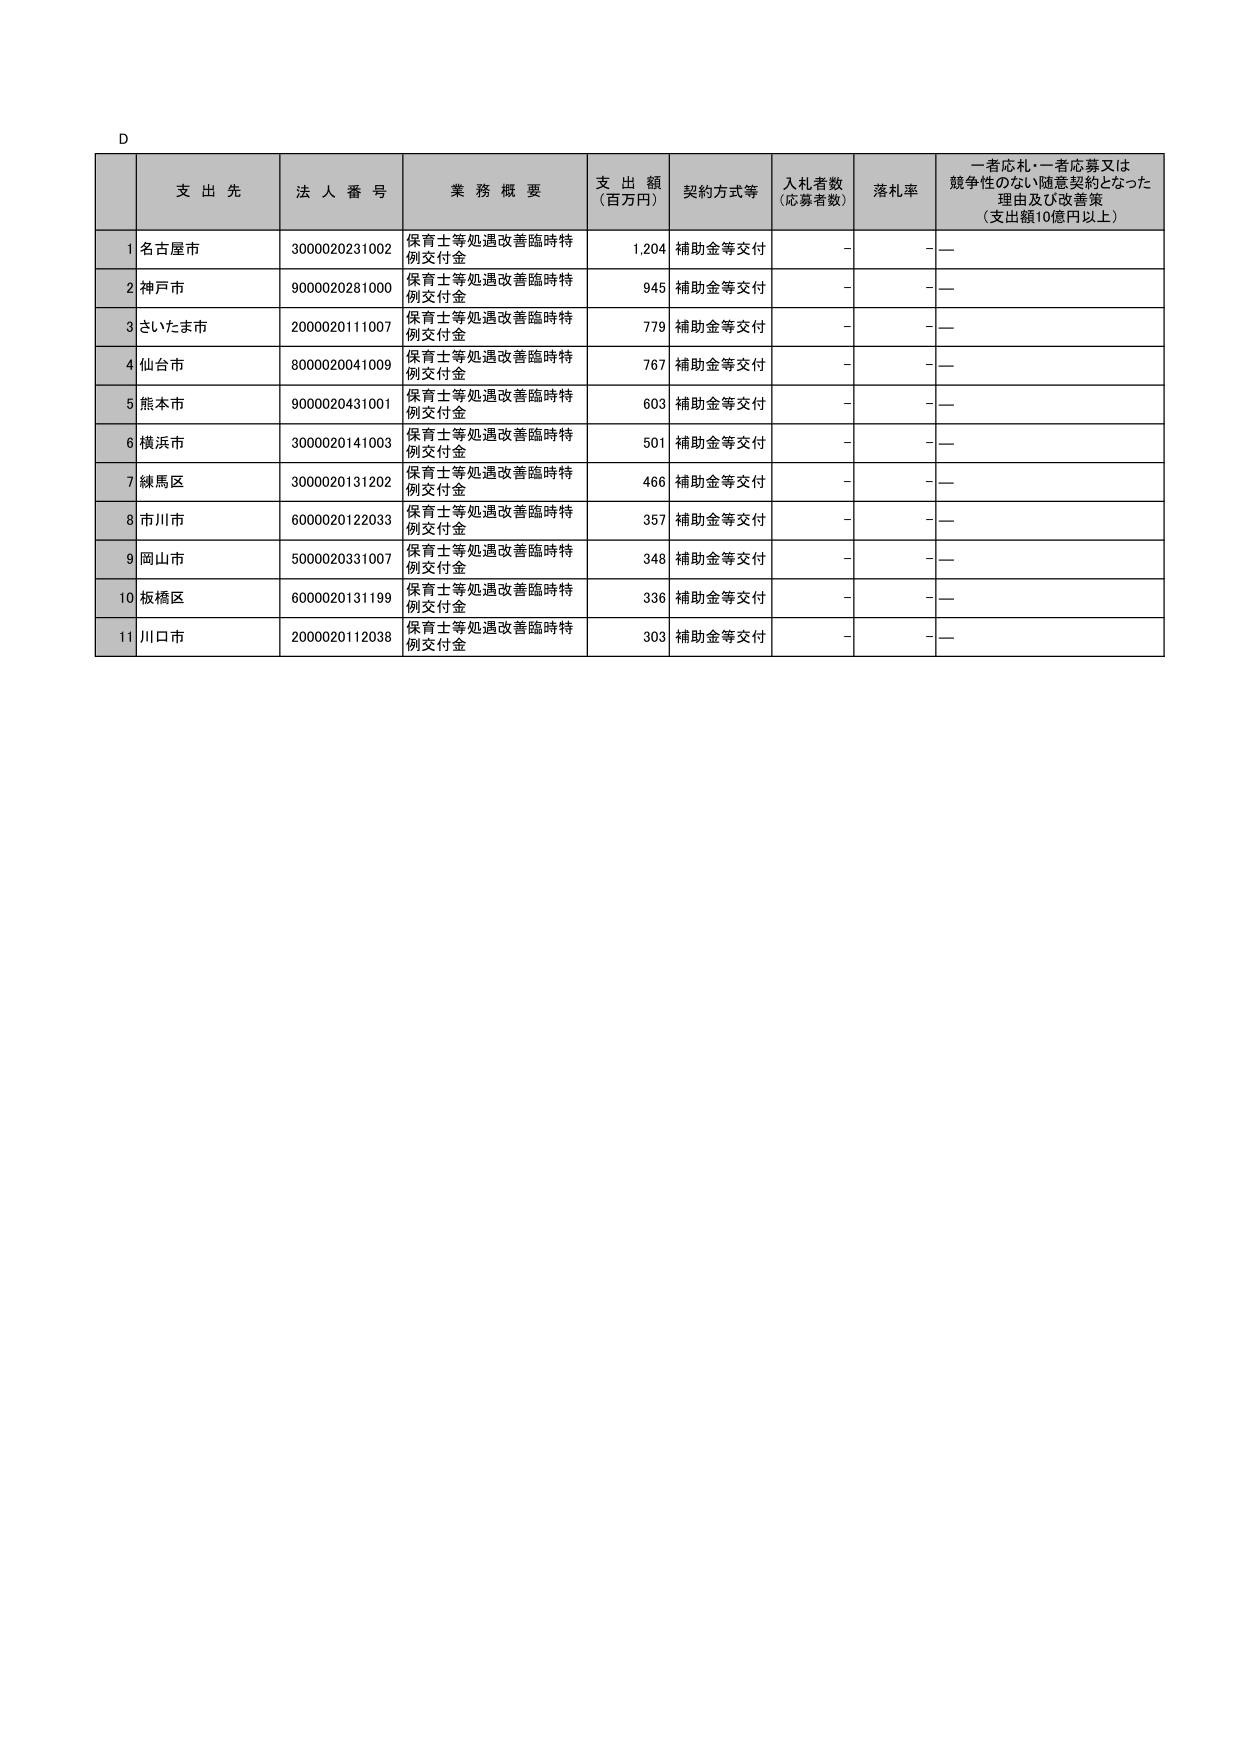
D

支 出 先 法 人 番 号 業 務 概 要 支 出 額 （百万円） 契約方式等 入札者数 （応募者数） 落札率 一者応札・一者応募又は 競争性のない随意契約となった 理由及び改善策 （支出額10億円以上）

1 名古屋市 3000020231002 保育士等処遇改善臨時特 例交付金 1,204 補助金等交付 - - —

2 神戸市 9000020281000 保育士等処遇改善臨時特 例交付金 945 補助金等交付 - - —

3 さいたま市 2000020111007 保育士等処遇改善臨時特 例交付金 779 補助金等交付 - - —

4 仙台市 8000020041009 保育士等処遇改善臨時特 例交付金 767 補助金等交付 - - —

5 熊本市 9000020431001 保育士等処遇改善臨時特 例交付金 603 補助金等交付 - - —

6 横浜市 3000020141003 保育士等処遇改善臨時特 例交付金 501 補助金等交付 - - —

7 練馬区 3000020131202 保育士等処遇改善臨時特 例交付金 466 補助金等交付 - - —

8 市川市 6000020122033 保育士等処遇改善臨時特 例交付金 357 補助金等交付 - - —

9 岡山市 5000020331007 保育士等処遇改善臨時特 例交付金 348 補助金等交付 - - —

10 板橋区 6000020131199 保育士等処遇改善臨時特 例交付金 336 補助金等交付 - - —

11 川口市 2000020112038 保育士等処遇改善臨時特 例交付金 303 補助金等交付 - - —